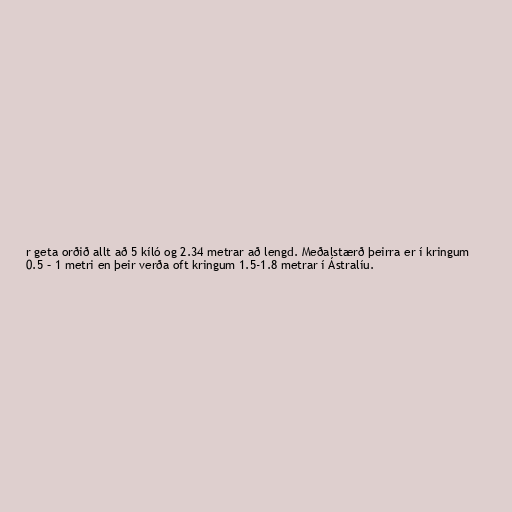
r geta orðið allt að 5 kíló og 2.34 metrar að lengd. Meðalstærð þeirra er í kringum
0.5 – 1 metri en þeir verða oft kringum 1.5-1.8 metrar í Ástralíu.